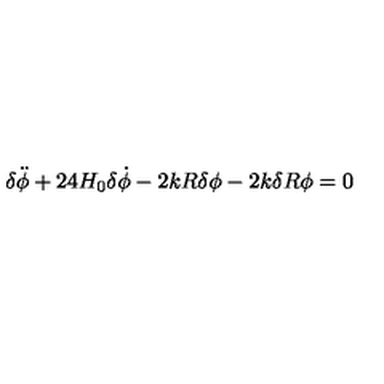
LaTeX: { \delta } \ddot { \phi } + 2 4 H _ { 0 } { \delta } \dot { \phi } - 2 k R { \delta } { \phi } - 2 k { \delta } R { \phi } = 0